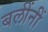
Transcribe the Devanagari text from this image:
बलींनीं